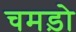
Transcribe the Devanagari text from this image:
चमड़ो